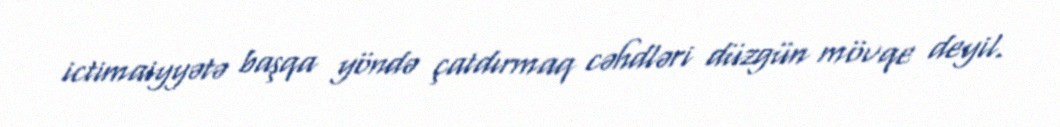
ictimaiyyətə başqa yöndə çatdırmaq cəhdləri düzgün mövqe deyil.